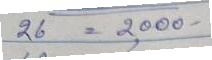
26 = 2,000